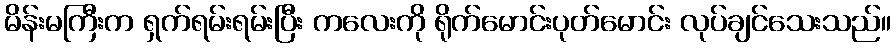
မိန်းမကြီးက ရှက်ရမ်းရမ်းပြီး ကလေးကို ရိုက်မောင်းပုတ်မောင်း လုပ်ချင်သေးသည်။